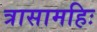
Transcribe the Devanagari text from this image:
त्रासामहिः